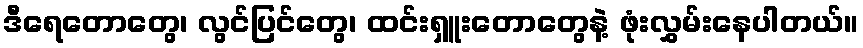
ဒီရေတောတွေ၊ လွင်ပြင်တွေ၊ ထင်းရှူးတောတွေနဲ့ ဖုံးလွှမ်းနေပါတယ်။